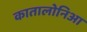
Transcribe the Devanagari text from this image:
कातालोनिआ